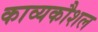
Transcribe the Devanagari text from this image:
काव्यकौशल